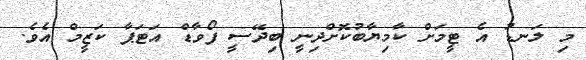
މި ލަނޑު އެ ޓީމަށް ކާމިޔާބުކޮށްދިނީ ބިދޭސީ ފޯވާޑް އަޓަޕާ ކަޒީމް އެވެ.